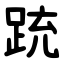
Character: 䟲